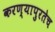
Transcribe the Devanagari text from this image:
करण्यापुरतेच